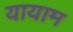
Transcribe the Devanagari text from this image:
यायाम